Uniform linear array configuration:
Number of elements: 24
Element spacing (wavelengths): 0.5
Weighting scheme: cosine
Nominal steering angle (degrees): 60
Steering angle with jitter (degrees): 58.186
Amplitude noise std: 0.05
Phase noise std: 0.05

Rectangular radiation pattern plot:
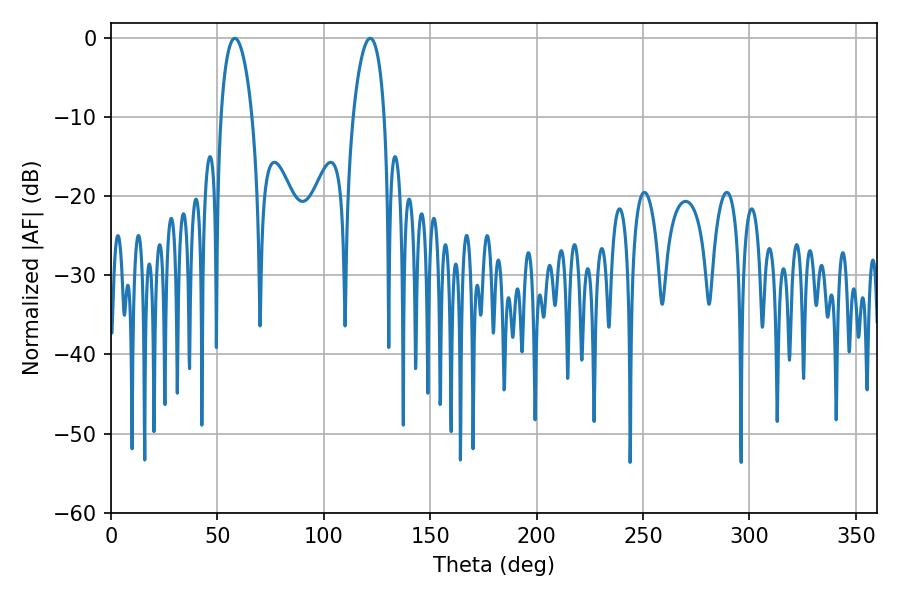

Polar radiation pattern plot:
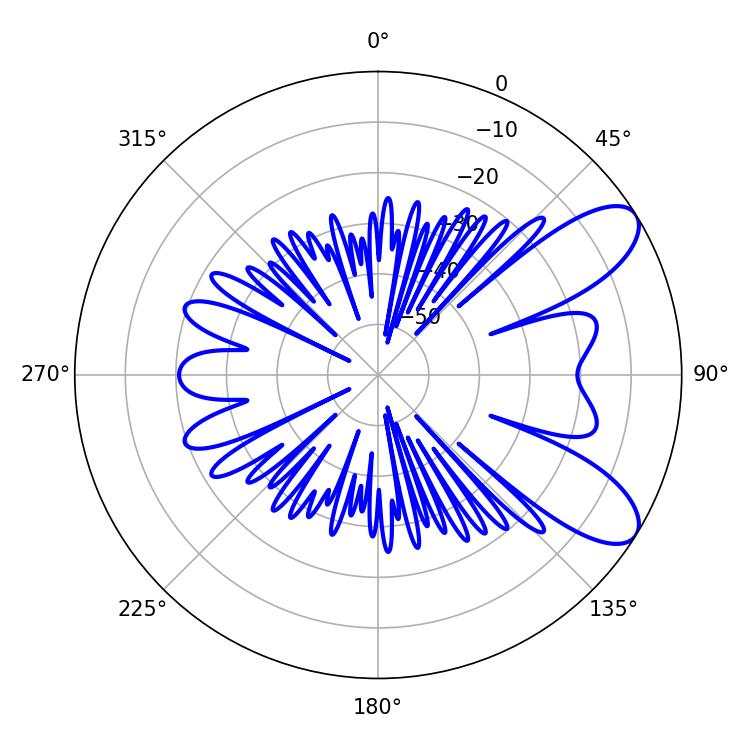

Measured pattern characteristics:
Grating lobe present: FALSE
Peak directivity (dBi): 8.704
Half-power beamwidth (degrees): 8.28
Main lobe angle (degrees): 58.14